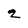
Character: 2